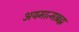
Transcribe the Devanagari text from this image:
अयमात्माब्रह्म